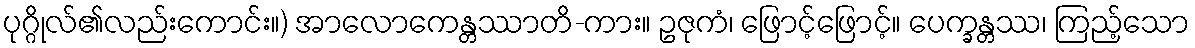
ပုဂ္ဂိုလ်၏လည်းကောင်း။) အာလောကေန္တဿာတိ-ကား။ ဥဇုကံ၊ ဖြောင့်ဖြောင့်။ ပေက္ခန္တဿ၊ ကြည့်သော